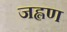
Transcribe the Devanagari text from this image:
जह्लण